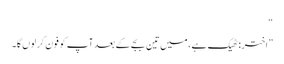
“
”اختر: ٹھیک ہے، میں تین بجے کے بعد آپ کو فون کر لوں گا۔